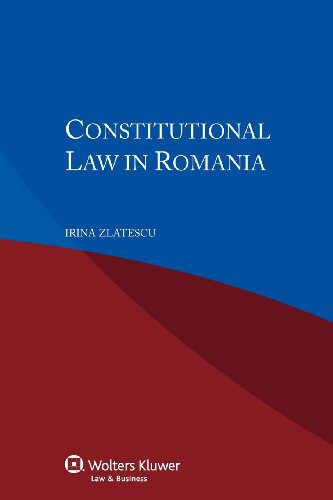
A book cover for Constitutional Law in Romania; Irina Zlatescu; Law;